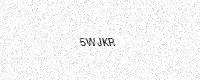
Text: 5WJKR